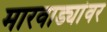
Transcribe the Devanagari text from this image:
मारवाड्यांवर